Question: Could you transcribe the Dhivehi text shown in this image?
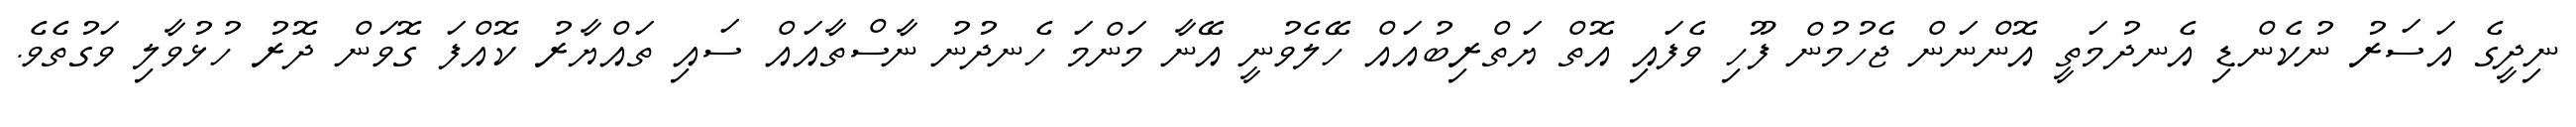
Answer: ނިދީގެ އަސަރު ނުކެންޑި އެނދުމަތީ އޮންނަން ޖެހުމުން ފޫހި ވެފައި އޮތް ޔަތްރިބުއައް ހޭލެވުނީ އޭނާ މަންމަ ހެނދުނު ނާސްތާއައް ސައި ތައްޔާރު ކޮއްފަ ގޮވަން ދޮރު ހުޅުވާލި ވަގުތެވެ.